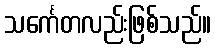
သင်္ကေတလည်းဖြစ်သည်။